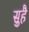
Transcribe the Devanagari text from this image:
सुहै